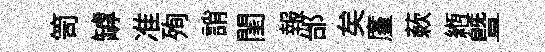
笥罅准殉誚閨報邰矣廑蔌縆暨